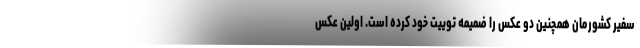
سفیر کشورمان همچنین دو عکس را ضمیمه توییت خود کرده است. اولین عکس